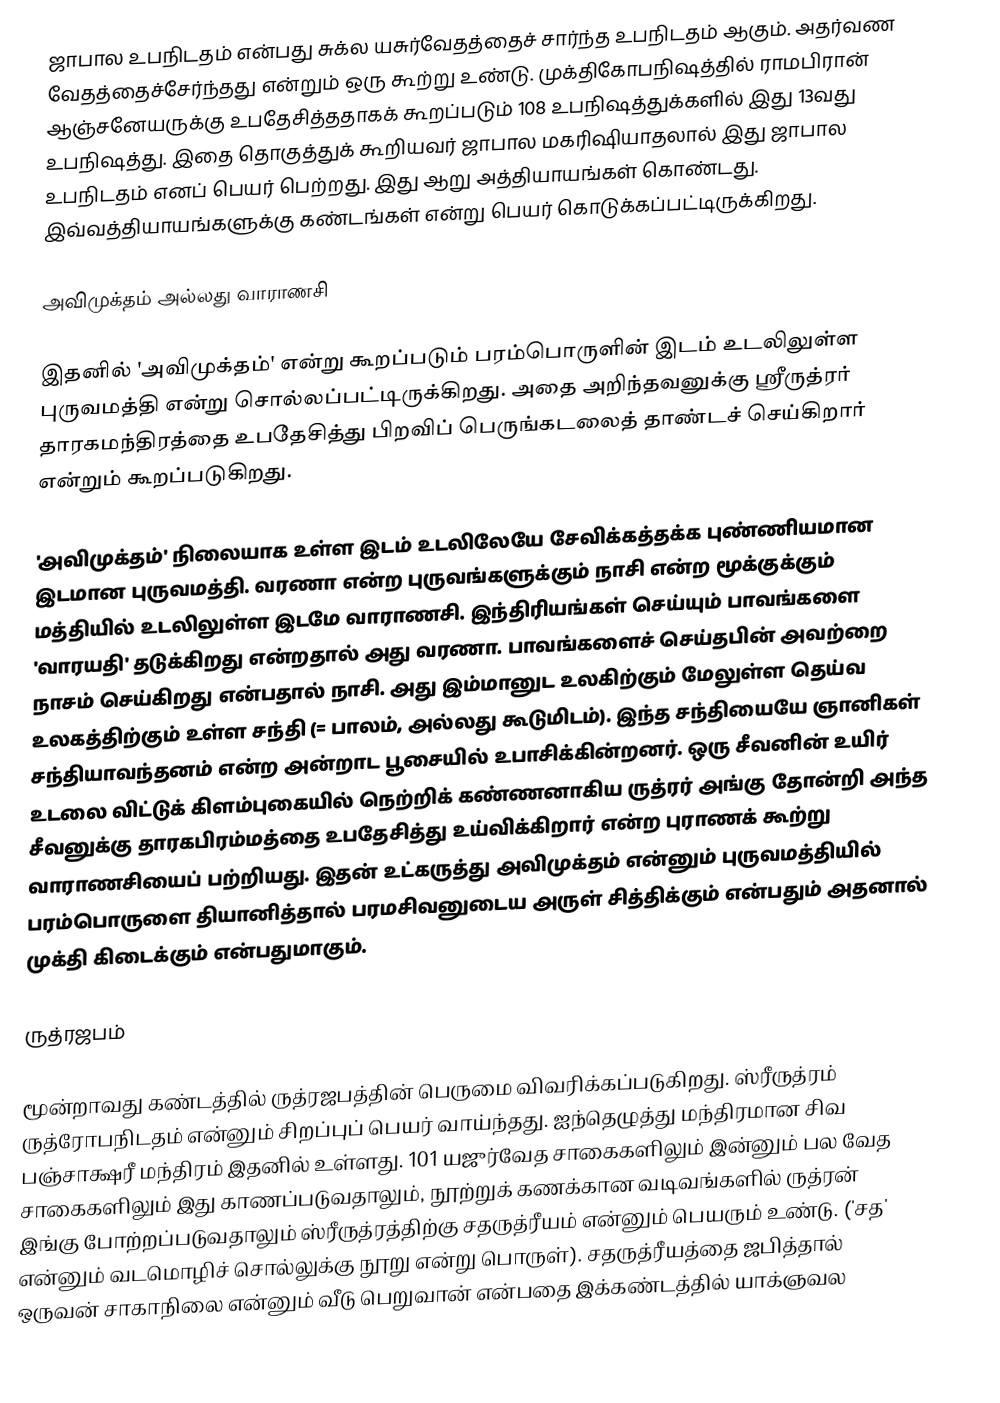
ஜாபால  உபநிடதம் என்பது சுக்ல யசுர்வேதத்தைச் சார்ந்த உபநிடதம் ஆகும்.  அதர்வண வேதத்தைச்சேர்ந்தது என்றும் ஒரு கூற்று உண்டு. முக்திகோபநிஷத்தில் ராமபிரான் ஆஞ்சனேயருக்கு உபதேசித்ததாகக் கூறப்படும் 108 உபநிஷத்துக்களில் இது 13வது உபநிஷத்து. இதை தொகுத்துக் கூறியவர் ஜாபால மகரிஷியாதலால் இது ஜாபால உபநிடதம் எனப் பெயர் பெற்றது. இது ஆறு அத்தியாயங்கள் கொண்டது. இவ்வத்தியாயங்களுக்கு கண்டங்கள் என்று பெயர் கொடுக்கப்பட்டிருக்கிறது.

அவிமுக்தம் அல்லது வாராணசி

இதனில் 'அவிமுக்தம்' என்று  கூறப்படும் பரம்பொருளின் இடம் உடலிலுள்ள புருவமத்தி என்று சொல்லப்பட்டிருக்கிறது. அதை அறிந்தவனுக்கு ஸ்ரீருத்ரர் தாரகமந்திரத்தை உபதேசித்து பிறவிப் பெருங்கடலைத் தாண்டச் செய்கிறார் என்றும் கூறப்படுகிறது.

'அவிமுக்தம்' நிலையாக உள்ள இடம் உடலிலேயே சேவிக்கத்தக்க புண்ணியமான இடமான புருவமத்தி. வரணா என்ற புருவங்களுக்கும் நாசி என்ற மூக்குக்கும் மத்தியில் உடலிலுள்ள இடமே வாராணசி. இந்திரியங்கள் செய்யும் பாவங்களை 'வாரயதி' தடுக்கிறது என்றதால் அது வரணா. பாவங்களைச் செய்தபின் அவற்றை நாசம் செய்கிறது என்பதால் நாசி. அது இம்மானுட உலகிற்கும் மேலுள்ள தெய்வ உலகத்திற்கும் உள்ள சந்தி (= பாலம், அல்லது கூடுமிடம்). இந்த சந்தியையே ஞானிகள் சந்தியாவந்தனம் என்ற அன்றாட பூசையில் உபாசிக்கின்றனர்.  ஒரு சீவனின் உயிர் உடலை விட்டுக் கிளம்புகையில் நெற்றிக் கண்ணனாகிய ருத்ரர் அங்கு தோன்றி அந்த சீவனுக்கு தாரகபிரம்மத்தை உபதேசித்து உய்விக்கிறார் என்ற புராணக் கூற்று வாராணசியைப் பற்றியது. இதன் உட்கருத்து அவிமுக்தம் என்னும் புருவமத்தியில் பரம்பொருளை தியானித்தால் பரமசிவனுடைய அருள் சித்திக்கும் என்பதும் அதனால் முக்தி கிடைக்கும் என்பதுமாகும்.

ருத்ரஜபம்

மூன்றாவது கண்டத்தில்  ருத்ரஜபத்தின் பெருமை விவரிக்கப்படுகிறது. ஸ்ரீருத்ரம்  ருத்ரோபநிடதம் என்னும் சிறப்புப் பெயர் வாய்ந்தது. ஐந்தெழுத்து மந்திரமான சிவ பஞ்சாக்ஷரீ மந்திரம் இதனில் உள்ளது. 101 யஜுர்வேத சாகைகளிலும் இன்னும் பல வேத சாகைகளிலும் இது காணப்படுவதாலும், நூற்றுக் கணக்கான வடிவங்களில் ருத்ரன் இங்கு போற்றப்படுவதாலும் ஸ்ரீருத்ரத்திற்கு சதருத்ரீயம் என்னும் பெயரும் உண்டு.  ('சத' என்னும் வடமொழிச் சொல்லுக்கு நூறு என்று பொருள்). சதருத்ரீயத்தை ஜபித்தால் ஒருவன் சாகாநிலை என்னும் வீடு பெறுவான் என்பதை இக்கண்டத்தில் யாக்ஞவல